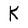
Character: K